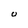
Character: U